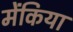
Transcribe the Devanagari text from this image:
मेंकिया